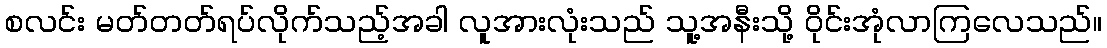
စလင်း မတ်တတ်ရပ်လိုက်သည့်အခါ လူအားလုံးသည် သူ့အနီးသို့ ဝိုင်းအုံလာကြလေသည်။